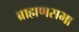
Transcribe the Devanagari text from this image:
ब्राह्मणसभा